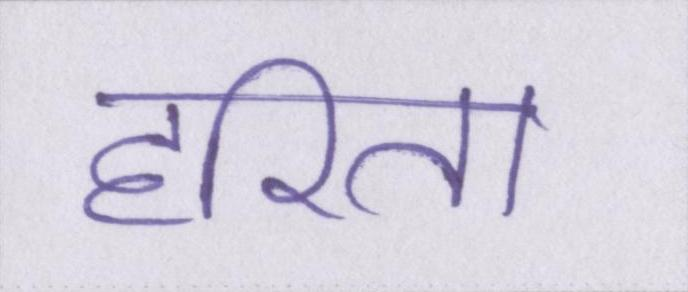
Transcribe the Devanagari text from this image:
हरिता